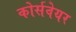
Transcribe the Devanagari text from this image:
कोर्सवेयर